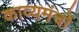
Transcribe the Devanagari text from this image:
काव्यमंचों